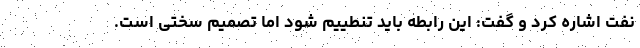
نفت اشاره کرد و گفت: این رابطه باید تنطییم شود اما تصمیم سختی است.